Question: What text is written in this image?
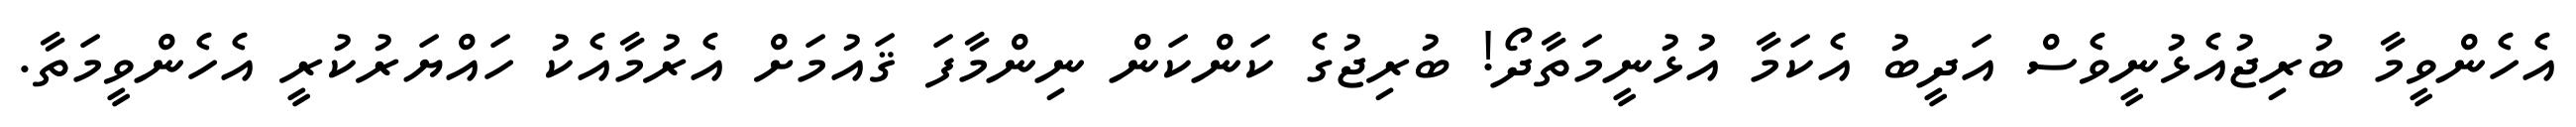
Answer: އެހެންވީމާ ބުރިޖުއެޅުނީވެސް އަދީބު އެކަމާ އުޅުނީމަތާދޯ! ބުރިޖުގެ ކަންކަން ނިންމާފަ ޤައުމަށް އެރުމާއެކު ހައްޔަރުކުރީ އެހެންވީމަތާ.